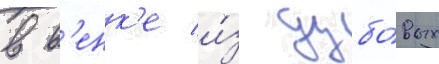
в в'енк'е и́з дубо́вых